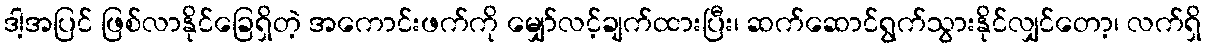
ဒါ့အပြင် ဖြစ်လာနိုင်ခြေရှိတဲ့ အကောင်းဖက်ကို မျှော်လင့်ချက်ထားပြီး၊ ဆက်ဆောင်ရွက်သွားနိုင်လျှင်တော့၊ လက်ရှိ